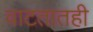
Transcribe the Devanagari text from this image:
वाटतातही